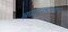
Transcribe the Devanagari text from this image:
अध्ययनशास्त्राचा